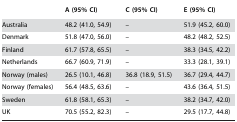
<table><thead><tr><td></td><td><b>A (95% CI)</b></td><td><b>C (95% CI)</b></td><td><b>E (95% CI)</b></td></tr></thead><tbody><tr><td>Australia</td><td>48.2 (41.0, 54.9)</td><td>–</td><td>51.9 (45.2, 60.0)</td></tr><tr><td>Denmark</td><td>51.8 (47.0, 56.0)</td><td>–</td><td>48.2 (48.2, 52.5)</td></tr><tr><td>Finland</td><td>61.7 (57.8, 65.5)</td><td>–</td><td>38.3 (34.5, 42.2)</td></tr><tr><td>Netherlands</td><td>66.7 (60.9, 71.9)</td><td>–</td><td>33.3 (28.1, 39.1)</td></tr><tr><td>Norway (males)</td><td>26.5 (10.1, 46.8)</td><td>36.8 (18.9, 51.5)</td><td>36.7 (29.4, 44.7)</td></tr><tr><td>Norway (females)</td><td>56.4 (48.5, 63.6)</td><td>–</td><td>43.6 (36.4, 51.5)</td></tr><tr><td>Sweden</td><td>61.8 (58.1, 65.3)</td><td>–</td><td>38.2 (34.7, 42.0)</td></tr><tr><td>UK</td><td>70.5 (55.2, 82.3)</td><td>–</td><td>29.5 (17.7, 44.8)</td></tr></tbody></table>